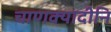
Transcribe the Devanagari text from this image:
चाणक्यादीनि